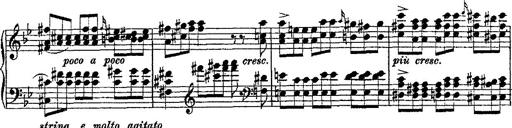
Title: Fantaisie romantique sur deux mÃ©lodies suisses
Composer: Franz Liszt